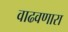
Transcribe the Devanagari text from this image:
वाढवणारा